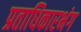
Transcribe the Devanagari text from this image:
प्रताधिकारभंग